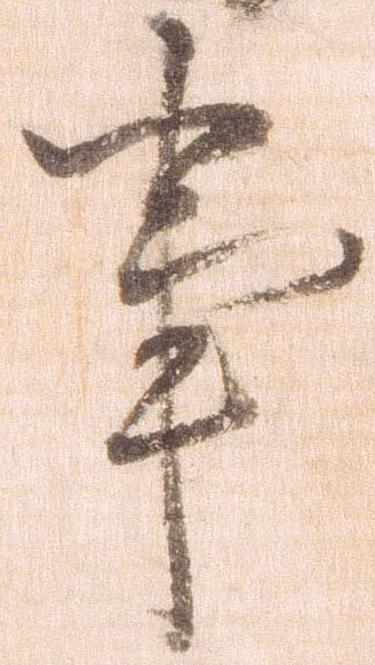
事